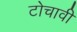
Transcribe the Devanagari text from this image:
टोचावी